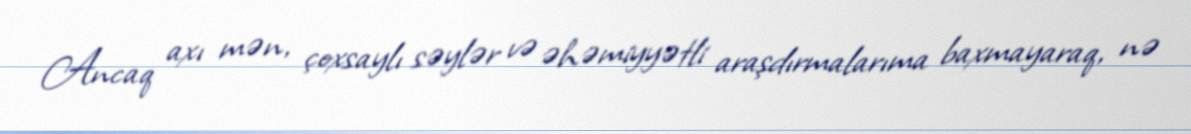
Ancaq axı mən, çoxsaylı səylər və əhəmiyyətli araşdırmalarıma baxmayaraq, nə